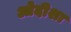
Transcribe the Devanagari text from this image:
ओदीशा